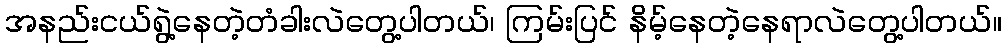
အနည်းငယ်ရွဲ့နေတဲ့တံခါးလဲတွေ့ပါတယ်၊ ကြမ်းပြင် နိမ့်နေတဲ့နေရာလဲတွေ့ပါတယ်။